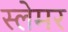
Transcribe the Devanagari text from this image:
स्लेमर